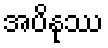
အပိနုဿ